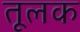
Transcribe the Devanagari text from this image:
तूलक